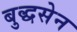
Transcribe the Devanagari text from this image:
बुद्धसेन